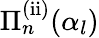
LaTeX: \Pi_{n}^{\mathrm{(ii)}}(\alpha_{l})